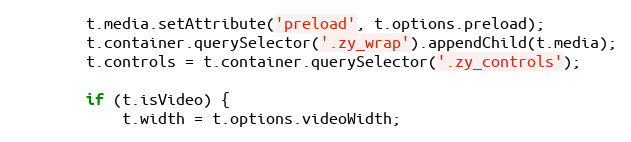
Language: JavaScript
		t.media.setAttribute('preload', t.options.preload);
		t.container.querySelector('.zy_wrap').appendChild(t.media);
		t.controls = t.container.querySelector('.zy_controls');

		if (t.isVideo) {
			t.width = t.options.videoWidth;